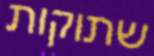
שתוקות